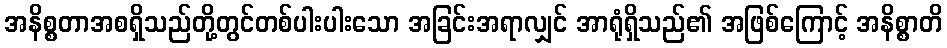
အနိစ္စတာအစရှိသည်တို့တွင်တစ်ပါးပါးသော အခြင်းအရာလျှင် အာရုံရှိသည်၏ အဖြစ်ကြောင့် အနိစ္စာတိ